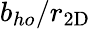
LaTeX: b_{ho}/r_{\mathrm{2D}}